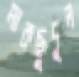
মাকছুদুল